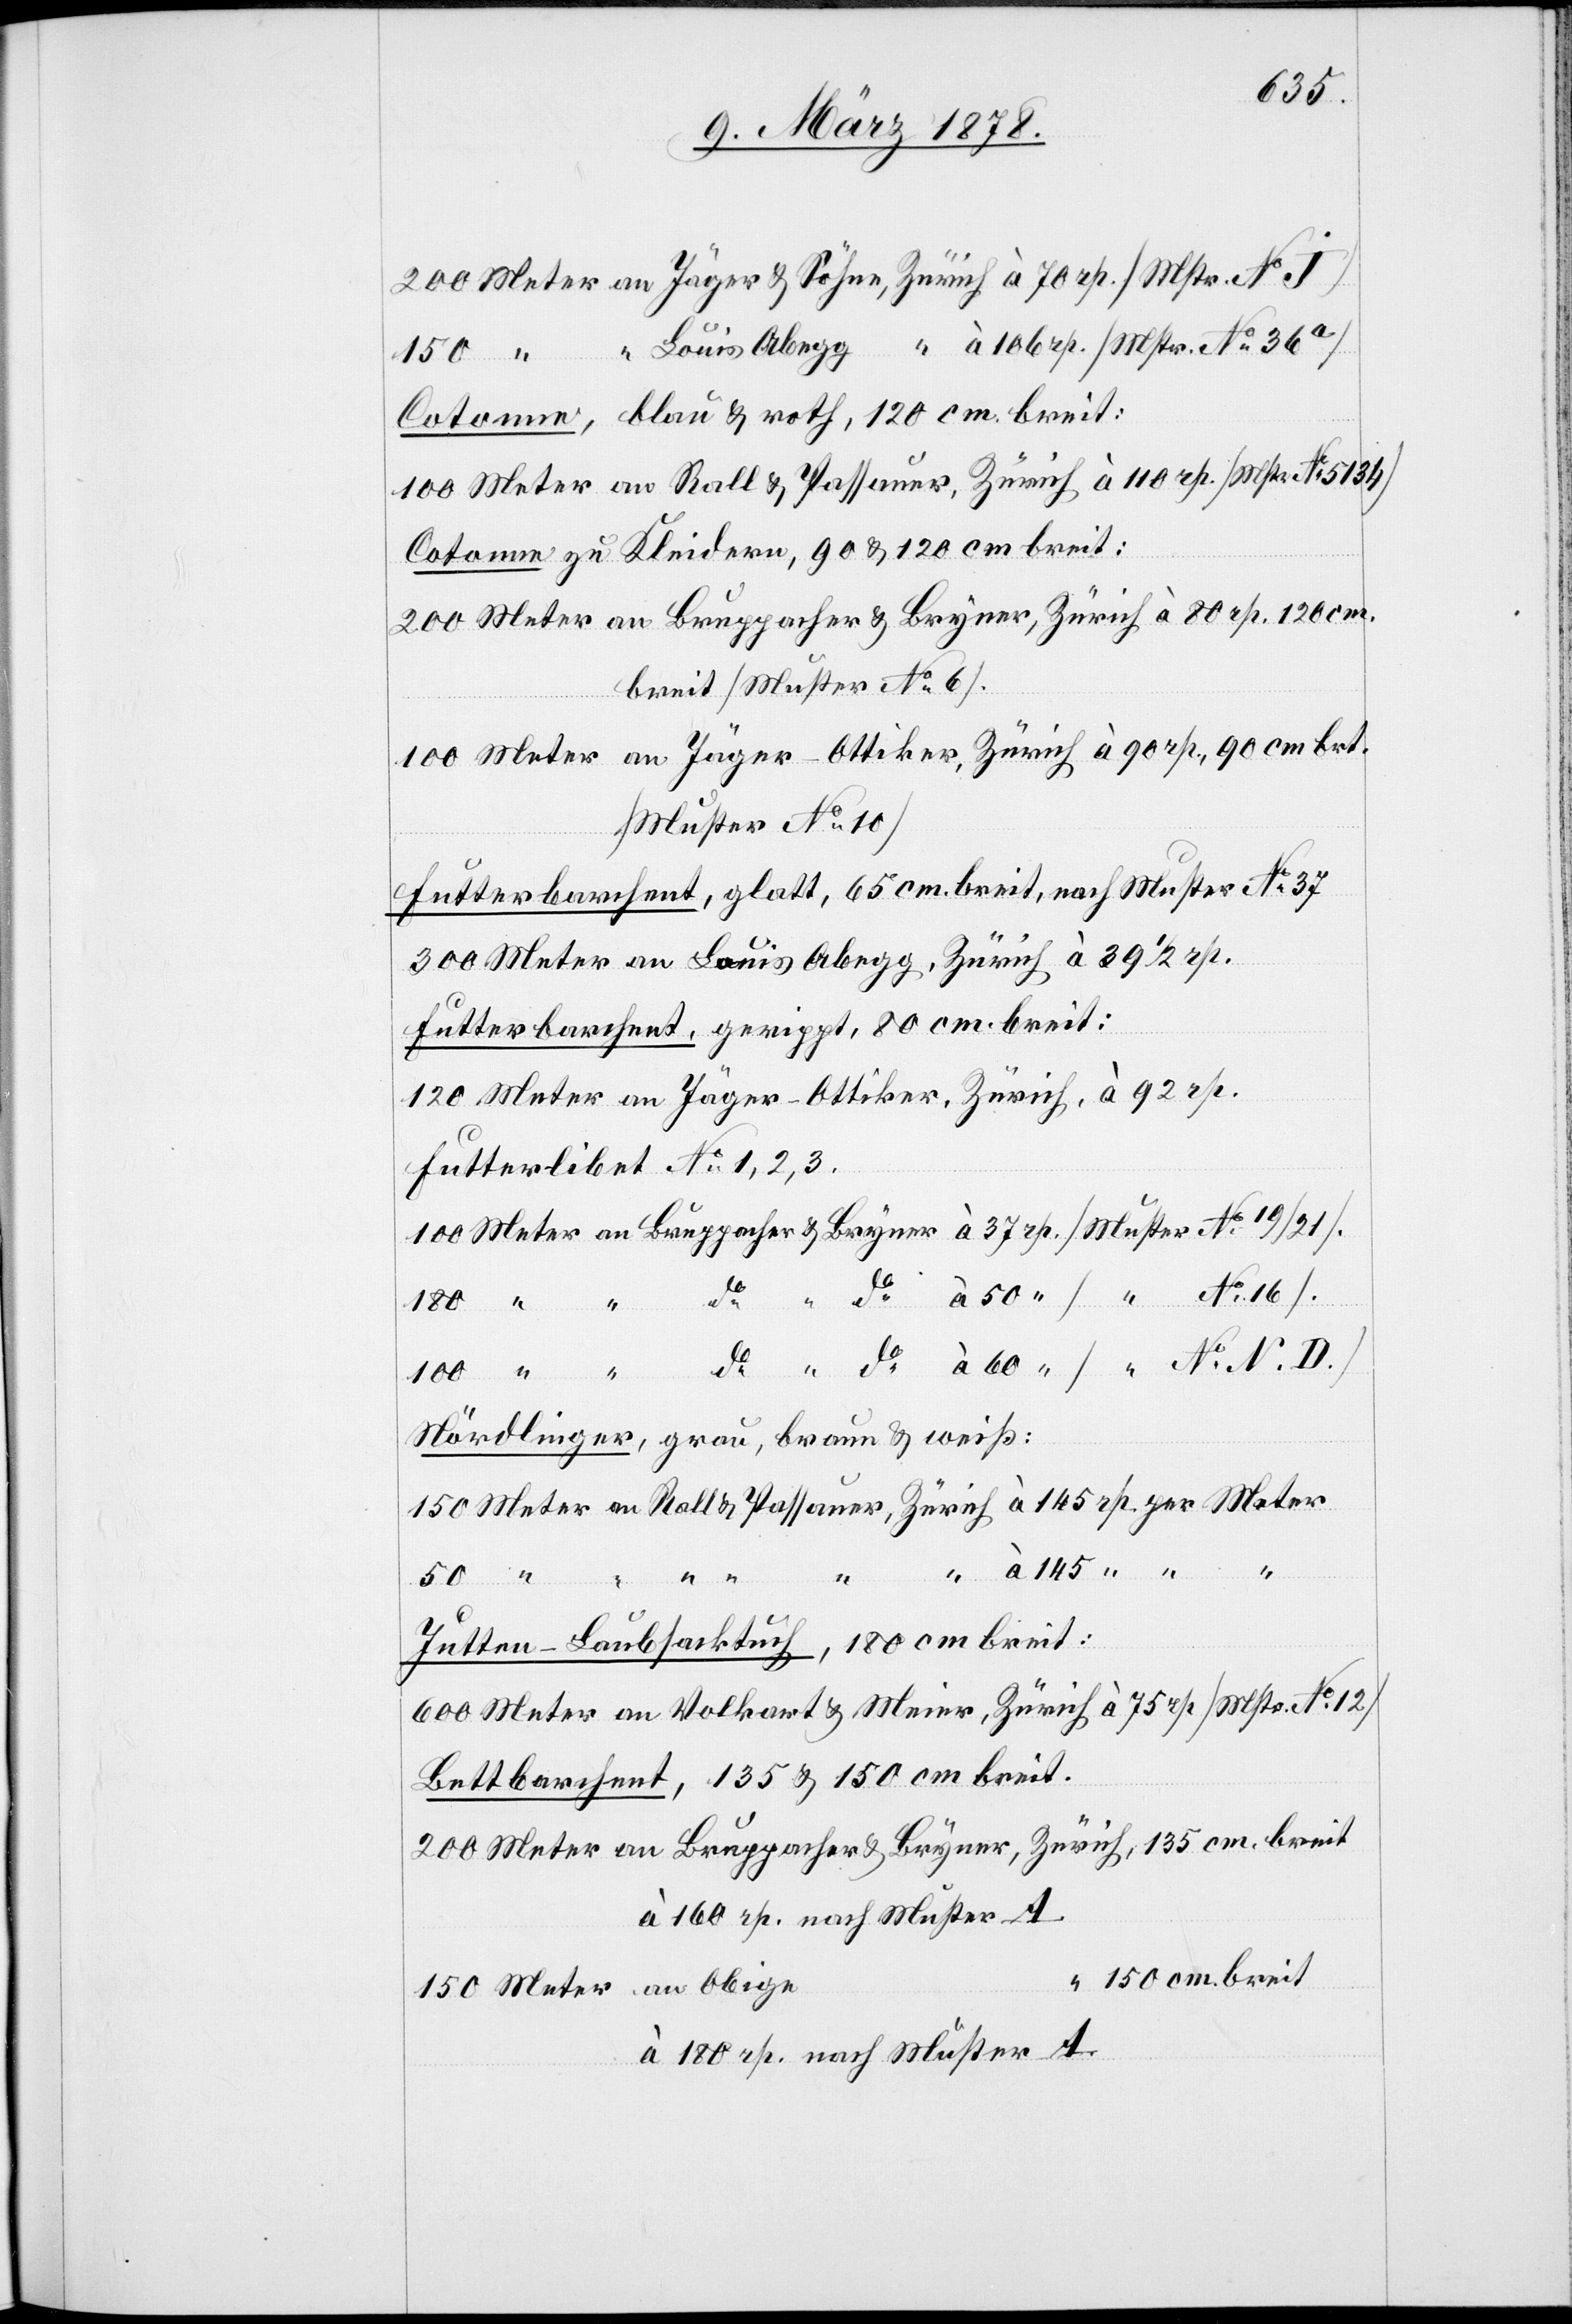
200 Meter an Jäger & Söhne, Zürich à 70 rp. (Mstr. No J)
150 “ “ Louid Abegg, “ à 160 rp. (Mstr. No 36a)
Cotonne, blau & roth, 120 cm breit:
100 Meter an Rall & Passauer, Zürich à 110 rp. (Mstr. No 5134)
Cotonne, zu Kleidern, 90 & 120 cm breit:
200 Meter an Bruppacher & Bryner, Zürich à 80 Rp 120 cm
breit (Muster No 6).
100 Meter an Jäger-Ottiker, Zürich à 90 rp., 90 cm brt.
(Muster No 10)
Futterbarchent, glatt, 65 cm breit, nach Muster No 37
300 Meter an Louis Abegg, Zürich à 39 1/2 rp.
Futterbarchent, gerippt, 80 cm breit:
120 Meter an Jäger-Ottiker, Zürich, à 92 rp.
Futterlibet No 1, 2, 3.
100 Meter an Bruppacher & Bryner à 37 rp. (Muster No 19/21)
180 “ “ do “ do à 50 “ ( “ No 16).
100 “ “ do “ do à 60 “ ( “ No N. D.)
Nördlinger, grau, braun & weiß:
150 Meter an Roll & Passauer, Zürich à 145 rp. per Meter
Jutten-Laubsacktuch, 180 cm breit:
600 Meter an Volkart & Meier, Zürich à 75 rp. (Mstr. No 12)
Bettbarchent, 135 & 150 cm breit:
200 Meter an Bruppacher & Bryner, Zürich, 135 cm breit
à 160 rp. nach Muster A
“ 150 cm breit
150 Meter an Obige
à 180 rp. nach Muster A